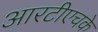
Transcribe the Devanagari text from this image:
आरटीएचके